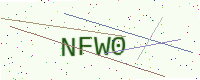
Text: NFW0